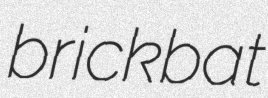
brickbat